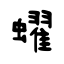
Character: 蠗